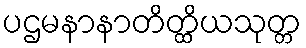
ပဌမနာနာတိတ္ထိယသုတ္တ